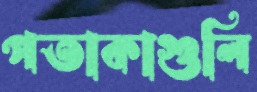
পতাকাগুলি